Lunatic asylums United Provinces 1899-1908 - 1899-1908
Year: 1899
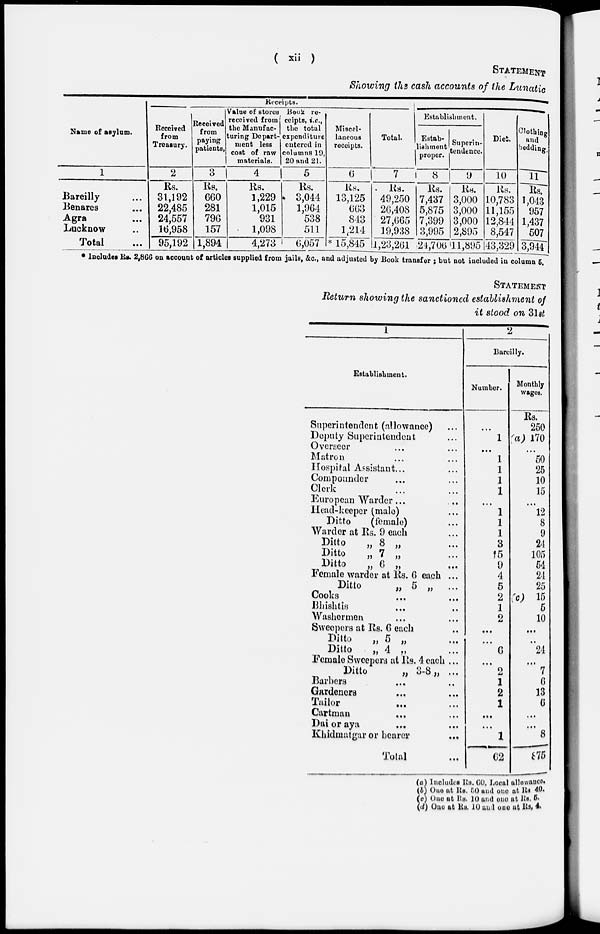
( xii )
STATEMENT
Showing the cash accounts of the Lunatic
Receipts.
Name of asylum.
1
Bareilly ...
Benares ...
Agra ...
Lucknow ...
Total ...
Received
from
Treasury.
2
Rs.
31,192
22,485
24,557
16,958
95,192
Received
from
paying
patients,
3
Rs.
660
281
796
157
1,894
Value of stores
received from
the Manufac-
turing Depart-
ment less
cost of raw
materials.
4
Rs.
1,229
1,015
931
1,098
4,273
Book re-
ceipts, i.e.,
the total
expenditure
entered in
columns 19,
20 and 21.
5
Rs.
3,044
1,964
538
511
6,057
Miscel-
laneous
receipts.
6
Rs.
13,125
663
843
1,214
* 15,845
Total.
7
Rs.
49,250
2G,408
27,665
19,938
1,23,261
Establishment.
Estab-
lishment
proper.
8
Rs.
7,437
5,875
7,399
3,995
24,706
Superin-
tendence.
9
Rs.
3,000
3,000
3,000
2,895
11,895
Diet.
10
Rs.
10,783
11,155
12,844
8,547
43,329
Clothing
and
bedding.
11
Rs.
1,043
957
1,437
507
3,944
* lncludes Rs. 2,866 on account of articles supplied from jails, &c., and adjusted by Book transfer ; but not included in column 5.
STATEMENT
Return showing the sanctioned establishment of
it stood on 31st
1
Establishment.
Superintendent (allowance)
Deputy Superintendent ...
Overseer ... ...
Matron
...
...
Hospital Assistant. ... ...
Compounder ... ...
Clerk ... ...
European Warder ... ...
Head-keeper (male) ...
Ditto
(female) ...
Warder at Rs. 9 each ...
Ditto
„ 8 „ ...
Ditto
„ 7 „ ...
Ditto
„ 6 „ ...
Female warder at Rs. 6 each ...
Ditto
„ 5 „ ...
Cooks ... ...
Bhishtis ... ...
Washermen ... ...
Sweepers at Rs. 6 each ...
Ditto
„ 5 „ ...
Ditto
„ 4 „ ...
Female Sweepers at Rs. 4 each ,..
Ditto „ 3-8 „ ...
Barbers ... ...
Gardeners ... ...
Tailor
...
...
Cartman ... ...
Dai or aya ... ...
Khidmatgar or bearer
...
Total ...
2
Bareilly.
Number.
...
1
...
1
1
1
1
...
1
1
1
3
†5
9
4
5
2
1
2
...
...
6
...
2
1
2
1
...
...
1
62
Monthly
wages.
Rs.
250
(a) 170
...
50
25
10
15
...
12
8
9
24
105
54
24
25
(c) 15
5
10
...
...
24
...
7
6
13
6
...
...
8
875
(a) Includes Rs. 60, Local allowance.
(b) One at Rs. 50 and one at Rs. 40.
(c) One at Rs. 10 and one at Rs. 5.
(d) One at Rs. 10 and 1 one at Rs. 4.